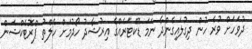
ދުވަހަށް ވުރެ ހުން ދިގުލައިގެންދާ ނަމަ ޑޮކްޓަރެއްގެ އިރުޝާދު ހޯދުމަށް ހެލްތު ޕްރޮޓެކްޝަން